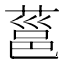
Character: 𮐞